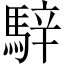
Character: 騂